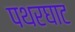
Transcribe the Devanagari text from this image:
पथरघाट